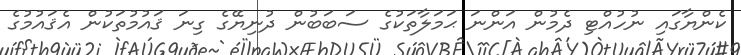
ކެންޔާގައި ނުހުއްޓި ދެމުން އަންނަ ޙަމަލާތަކުގެ ސަބަބުން ދުނިޔޭގެ ގިނަ ޤައުމުތަކުން އެޤައުމުގެ